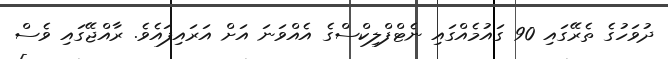
ދުވަހުގެ ތެރޭގައި 90 ގައުމެއްގައި ނެޓްފްލިކްސްގެ އެއްވަނަ އަށް އަރައިފައެވެ. ރާއްޖޭގައި ވެސް